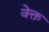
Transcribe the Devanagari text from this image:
वेक्त